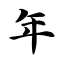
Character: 年